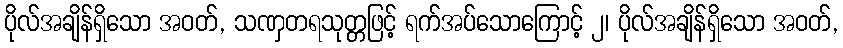
ပိုလ်အချိန်ရှိသော အဝတ်, သဏှတရသုတ္တဖြင့် ရက်အပ်သောကြောင့် ၂၊ ပိုလ်အချိန်ရှိသော အဝတ်,